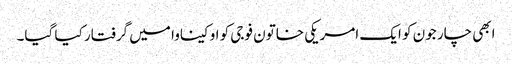
ابھی چار جون کو ایک امریکی خاتون فوجی کو اوکیناوا میں گرفتار کیا گیا۔